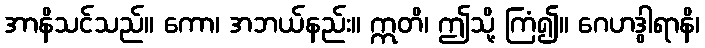
အာနိသင်သည်။ ကော၊ အဘယ်နည်း။ ဣတိ၊ ဤသို့ ကြံ၍။ ဂေဟဒွါရာနိ၊